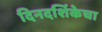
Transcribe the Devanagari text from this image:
दिनदर्शिकेचा